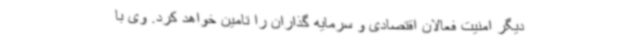
دیگر امنیت فعالان اقتصادی و سرمایه گذاران را تامین خواهد کرد. وی با